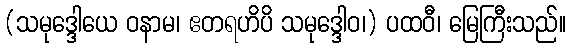
(သမုဒ္ဒေါယေ ဝနာမ၊ ဧတရဟိပိ သမုဒ္ဒေါဝ၊) ပထဝီ၊ မြေကြီးသည်။